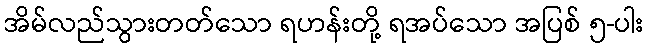
အိမ်လည်သွားတတ်သော ရဟန်းတို့ ရအပ်သော အပြစ် ၅-ပါး